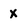
Character: x